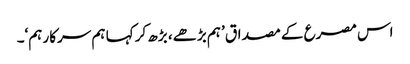
اس مصرع کے مصداق ’ہم بڑھے، بڑھ کر کہا ہم سرکار ہم‘۔